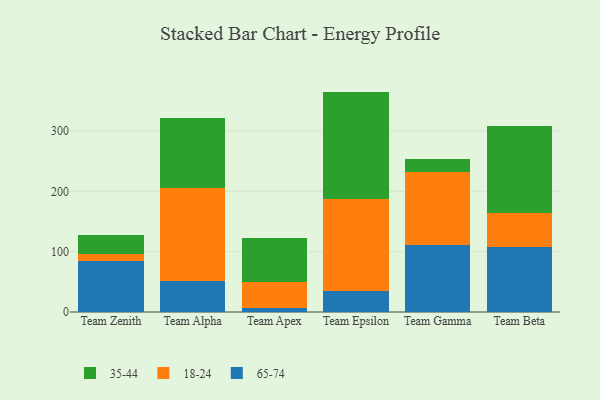
{"axis": {"x": "Team", "y": "Production Output"}, "legend": ["18-24", "35-44", "65-74"], "data": [{"x": "Team Zenith", "y": 84.3, "type": "65-74"}, {"x": "Team Zenith", "y": 11.1, "type": "18-24"}, {"x": "Team Zenith", "y": 32.0, "type": "35-44"}, {"x": "Team Alpha", "y": 50.8, "type": "65-74"}, {"x": "Team Alpha", "y": 155.5, "type": "18-24"}, {"x": "Team Alpha", "y": 114.6, "type": "35-44"}, {"x": "Team Apex", "y": 7.4, "type": "65-74"}, {"x": "Team Apex", "y": 42.7, "type": "18-24"}, {"x": "Team Apex", "y": 72.4, "type": "35-44"}, {"x": "Team Epsilon", "y": 34.8, "type": "65-74"}, {"x": "Team Epsilon", "y": 152.5, "type": "18-24"}, {"x": "Team Epsilon", "y": 177.9, "type": "35-44"}, {"x": "Team Gamma", "y": 110.4, "type": "65-74"}, {"x": "Team Gamma", "y": 121.3, "type": "18-24"}, {"x": "Team Gamma", "y": 22.6, "type": "35-44"}, {"x": "Team Beta", "y": 107.1, "type": "65-74"}, {"x": "Team Beta", "y": 57.2, "type": "18-24"}, {"x": "Team Beta", "y": 143.6, "type": "35-44"}]}